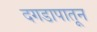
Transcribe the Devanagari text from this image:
दगडापातून